King Institute of Preventive Medicine Micro-Biological Section reports 1909-11
Year: 1909
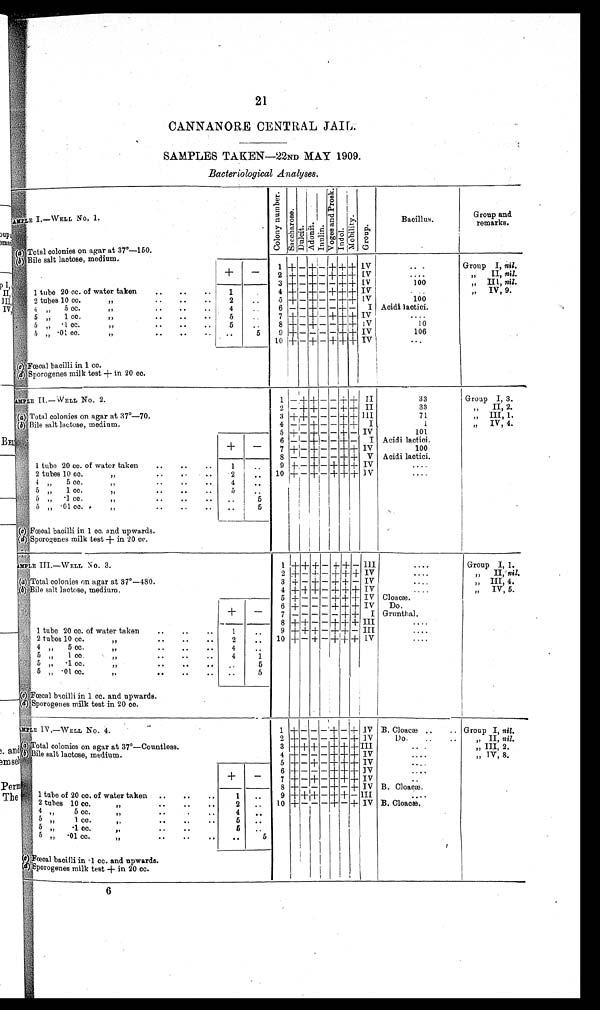
21
CANNANORE CENTRAL JAIL.
SAMPLES TAKEN—22ND MAY 1909.
Bacteriological Analyses.
SAMPLE I.—WELL No. 1.
C o l o n y n u m b e r .
S a c c h a r o s e .
Du l c i t . Adoni t . I nul i n.
V o g e s a n d P r o s k .
I n d o l .
Mobi l i t y. Gr pup.
Bacillus.
Group an
d remarks.
(
a
) T o t a l c o l o n i e s o n a g a r a t 3 7°— 1 5 0 .
(b) Bile salt lactose, medium.
1 + – + – + + + IV
...
Group I, nil.
+
—
2 + – + – + + + IV
. . .
„
II, nil.
3 + – + – – +++ IV
100
„ III, nil.
1 •
11 tube 20 cc. of water taken
..
..
• •
1
.
4 + – + – + + + IV
...
„ IV,
nil
. .
2 tubes 10 cc.
"
• •
• •
• •
2
..
5 + – + —– – + – IV
100
4 „ 5 cc.
"
..
• •
..
4
..
6 — — + — — + — I Acidi lactici.
5 "„ 1 cc.
",, .. .. ..
5
..
7 + – + – + + + IV
...
5 " • 1 cc.
"..
..
• •
5
..
8 + — + — — + + IV
10
"„ • 01 co.
,," •• •• -•
..
5
o + – – —
– + + IV
106
10 + — + — + + + IV
...
(c) Foecal bacilli in 1 cc.
( d) Sporogenes milk test + in 20 cc.
SAMPLE II.—WELL No. 2.
1 — ++ – – + + II
33
Group I, 3.
2 – + +
– — + ++ II
33
" , ,
II, 2.
(a)Total colonies on agar at 37°—70.
3 + ++ — — — + + III
71
" „ III, 1.
(b)Bile salt lactose, medium.
4
—
– + — — + ++ I
1
" IV, 4.
5 + – + – – + – IV
101
6 — — + – — + — I Acidi lactici.
+
—
7 + – + — — + + IV
100
8 8 —– – + —– —– + + V Acidi lactici.
1 tube 20 cc. of water taken
..
..
..
1
..
9 + — + — + + + IV
. . . .
2 tubes 10 co.
"
• •
••
2
..
10 + – + – + + + 1V
. . . .
4 " „ 5 cc.
"
4
5 " 1 cc.
"
5
I
5 " „ 1 cc.
" • • .. ••
. .
5
5 „ • 01 cc. ".„•• .. •.
. .
5
I
(c)Foecal bacilli in 1 cc. and upwards.
(d)Sporogenes milk test + in 20 cc.
S A M P L E I I I . — W E L L N o . 3 .
1
+ + + — + + — III
....
Group I, I.
2 + – + – + + + IV
....
" II, nil.
(a)Total colonies on agar at 37°—480.
3 + — + — + + + IV
....
"„ III, 4.
(b)Bile salt lactose, medium.
4 + + + — + + + Iv
.. . .
„ IV, 5.
5 + — — — + + + IV Cloacae.
6 + — — — + + + IV Do.
+
—
7 — — — — — + + I Grunthal.
8 + + – – + + ++ III
.. ..
1 tube 20 cc. of water taken
..
..
..
1
..
9 + + + — + + — III
....
2 tubes 10 cc
"
• •
• •
..
2
..
10 + — + — + + + IV
....
4 „
5 cc.
"
..
..
..
4
5 "„ 1 cc.
"
4
1
5 "„ • 1 cc
,," . .
. .
. . ..
5
5 „ • 01 cc
"
..
• .
..
..
5
•
(
c
) F o e c a l b a c i l l i i n 1 c c . a n d u p w a r d s .
( d)Sporogenes milk test in 20 cc.
SAMPLE IV.—WELL NO.4.1
+ — — —
+ – + IV B. Cloacae ..
.. Group I, nil.
2 + — — — + — + IV
Do.
..
..
„ II, nil.
( a)Total colonies on agar at 37°—Countless.
3 + + + – ++++++++++ +
I I I
• • -
„ III, 2.
(b) salt lactose, medium.
4 + — — —
+
+ +
IV
• • • •
IV, 8.
5 + – + – + + + IV
• • ..
6 + — — — + + + IV
• • • -
.
+
—
7 + – + – + + + IV
8 + — — — + — + IV B. Cloacae.
•
1 tube of 20 cc. of water taken ..
..
..
1
..
9 + + + — ++ + — III
•••
,2 tubes 10 cc
" ..
•
..
2
..
10 + — — — + — + IV B. Cloacae.
4 "
5 cc.
"
..
..
4
••
5
"
1 cc.
,," .. .. ..
5
I
5
, , "
1. cc.
",
••
••
5
..
6
•01 cc.
"
••
••
••
••
5
(c) Foecal bacilli in •1 cc. and upwards.
(d)Sporogenes milk test + in 20 cc.
6